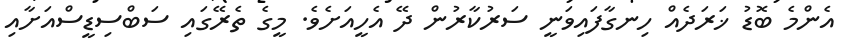
އެންމެ ބޮޑު ޚަރަދެއް ހިނގާފައިވަނީ ސަރުކާރުން ދޭ އެހީއަށެވެ. މީގެ ތެރޭގައި ސަބްސިޑީސްއަށާއި